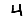
Digit: 4